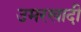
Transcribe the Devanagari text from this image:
उमरखादी